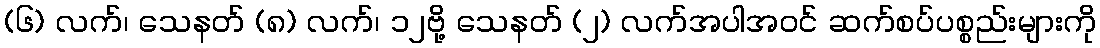
(၆) လက်၊ သေနတ် (၈) လက်၊ ၁၂ဗို့ သေနတ် (၂) လက်အပါအဝင် ဆက်စပ်ပစ္စည်းများကို